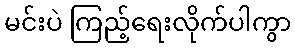
မင်းပဲ ကြည့်ရေးလိုက်ပါကွာ